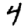
Digit: 4